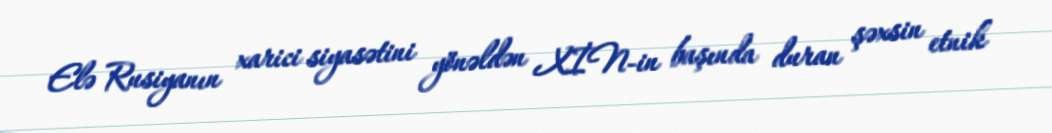
Elə Rusiyanın xarici siyasətini yönəldən XİN-in başında duran şəxsin etnik